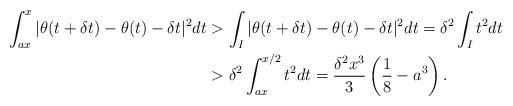
LaTeX: \begin{align*}\int_{ax}^{x} | \theta(t+\delta t) - \theta(t) - \delta t|^2 dt &> \int_I | \theta(t+\delta t) - \theta(t) - \delta t|^2 dt = \delta^2 \int_I t^2 dt \\&> \delta^2\int_{ax}^{x/2} t^2 dt = \frac{\delta^2 x^3}{3} \left( \frac{1}{8} - a^3 \right).\end{align*}